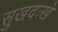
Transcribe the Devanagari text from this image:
सुखदःखे